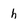
Character: h